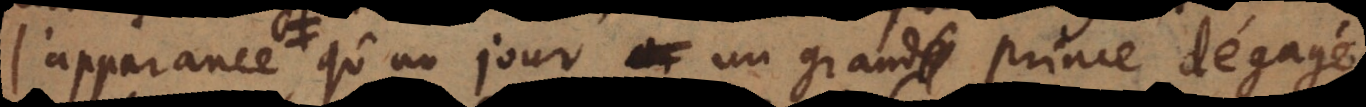
l’apparence qu’un jour un grand Prince dégagé